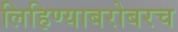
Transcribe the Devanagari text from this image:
लिहिण्याबरोबरच